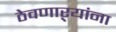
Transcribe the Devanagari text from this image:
ठेवणाऱ्यांना